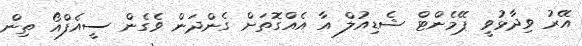
އޭރު ވިދާޅުވީ ޕޭމެންޓް ޝެޑިއުލް އާ އެއްގޮތަށް ގެންދަން ވެގެން ސީއެފްއޯ ތިން